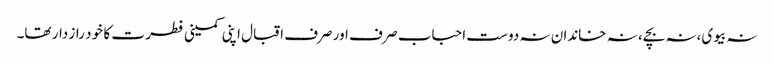
نہ بیوی،نہ بچے، نہ خاندان نہ دوست احباب صر ف اور صرف اقبال اپنی کمینی فطر ت کا خو د راز دار تھا۔